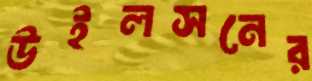
উইলসনের